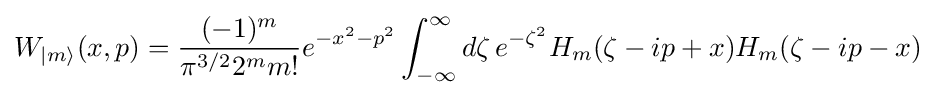
W_{|m\rangle }(x,p)={\frac {(-1)^{m}}{\pi ^{3/2}2^{m}m!}}e^{-x^{2}-p^{2}}\int _{-\infty }^{\infty }d\zeta \,e^{-\zeta ^{2}}H_{m}(\zeta -ip+x)H_{m}(\zeta -ip-x)